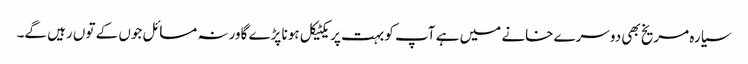
سیارہ مریخ بھی دوسرے خانے میں ہے آپ کو بہت پریکٹیکل ہونا پڑے گاورنہ مسائل جوں کے توں رہیں گے۔